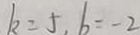
k = 5 , b = - 2